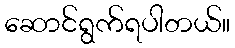
ဆောင်ရွက်ရပါတယ်။